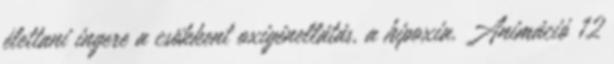
élettani ingere a csökkent oxigénellátás, a hipoxia. Animáció 12